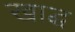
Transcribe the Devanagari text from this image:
खाद्ध